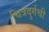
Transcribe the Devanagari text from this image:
चित्रदुर्गची